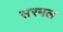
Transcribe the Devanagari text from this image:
सरमल